Indian journal of veterinary science and animal husbandry - Volumes 22-23, 1952-1953
Year: 1952
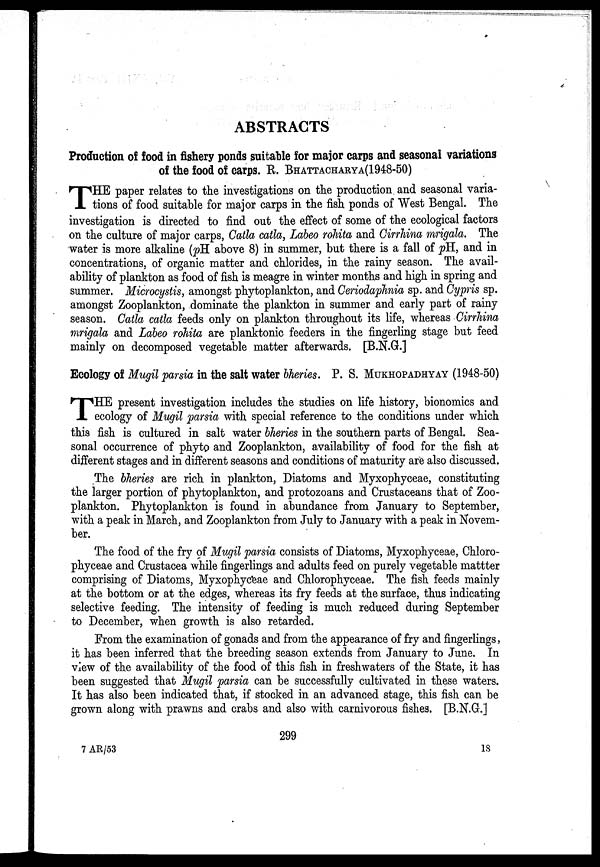
ABSTRACTS
Production of food in fishery ponds suitable for major carps and seasonal variations
of the food of carps. R. BHATTACHARYA(1948-50)
T HE paper relates to the investigations on the production and seasonal varia-
tions of food suitable for major carps in the fish ponds of West Bengal. The
investigation is directed to find out the effect of some of the ecological factors
on the culture of major carps, Catla catla, Labeo rohita and Cirrhina mrigala. The
water is more alkaline (pH above 8) in summer, but there is a fall of pH., and in
concentrations, of organic matter and chlorides, in the rainy season. The avail-
ability of plankton as food of fish is meagre in winter months and high in spring and
summer. Microcystis, amongst phytoplankton, and Ceriodaphnia sp. and Cypris sp.
amongst Zooplankton, dominate the plankton in summer and early part of rainy
season. Catla catla feeds only on plankton throughout its life, whereas Cirrhina
mrigala and Labeo rohita are planktonic feeders in the fingerling stage but feed
mainly on decomposed vegetable matter afterwards. [B.N.G.]
Ecology of Mugil parsia in the salt water bheries. P. S. MUKHOPADHYAY (1948-50)
T HE present investigation includes the studies on life history, bionomics and
ecology of Mugil parsia with special reference to the conditions under which
this fish is cultured in salt water bheries in the southern parts of Bengal. Sea-
sonal occurrence of phyto and Zooplankton, availability of food for the fish at
different stages and in different seasons and conditions of maturity are also discussed.
The bheries are rich in plankton, Diatoms and Myxophyceae, constituting
the larger portion of phytoplankton, and protozoans and Crustaceans that of Zoo-
plankton. Phytoplankton is found in abundance from January to September,
with a peak in March, and Zooplankton from July to January with a peak in Novem-
ber.
The food of the fry of Mugil parsia consists of Diatoms, Myxophyceae, Chloro-
phyceae and Crustacea while fingerlings and adults feed on purely vegetable mattter
comprising of Diatoms, Myxophyceae and Chlorophyceae. The fish feeds mainly
at the bottom or at the edges, whereas its fry feeds at the surface, thus indicating
selective feeding. The intensity of feeding is much reduced during September
to December, when growth is also retarded.
From the examination of gonads and from the appearance of fry and fingerlings,
it has been inferred that the breeding season extends from January to June. In
view of the availability of the food of this fish in freshwaters of the State, it has
been suggested that Mugil parsia can be successfully cultivated in these waters.
It has also been indicated that, if stocked in an advanced stage, this fish can be
grown along with prawns and crabs and also with carnivorous fishes. [B.N.G.]
299
7 AR/53
18